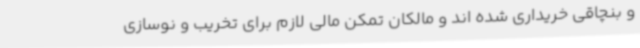
و بنچاقی خریداری شده اند و مالکان تمکن مالی لازم برای تخریب و نوسازی